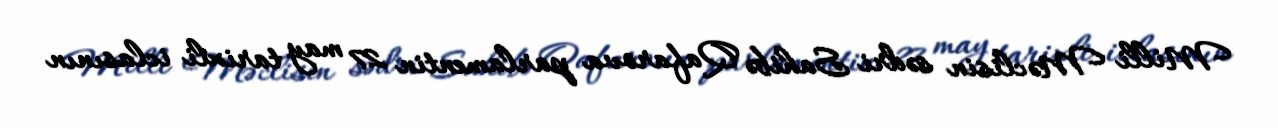
Milli Məclisin sədri Sahibə Qafarova parlamentin 27 may tarixli iclasının